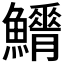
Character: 𩼿